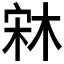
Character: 𣒐